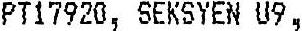
PT17920, SEKSYEN U9,